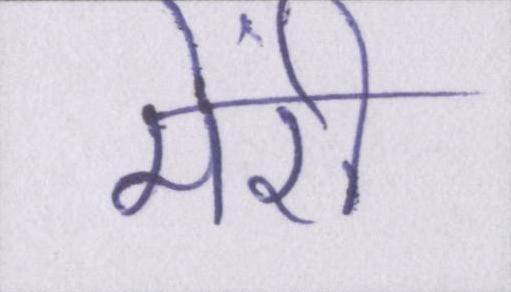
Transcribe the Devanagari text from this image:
मेंरी